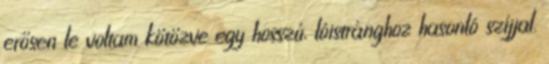
erősen le voltam kötözve egy hosszú, lóistránghoz hasonló szíjjal.